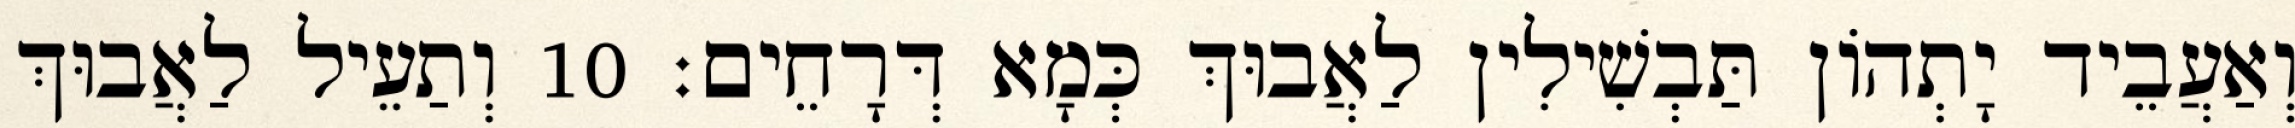
וְאַעֲבֵיד יָתְהוֹן תַּבְשִׁילִין לַאֲבוּךְ כְּמָא דְּרָחֵים׃ 10 וְתַעֵיל לַאֲבוּךְ